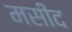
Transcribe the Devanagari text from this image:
मसीद